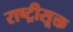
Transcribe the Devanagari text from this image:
राष्ट्रीसूक्त